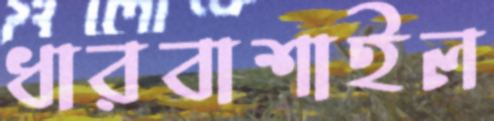
ধারবাশাইল